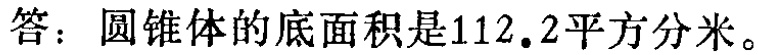
答：圆锥体的底面积是\(112.2\)平方分米。